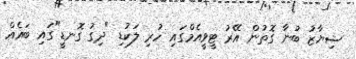
ޝިޔާޒު ބުނާ ގޮތުން އޭރު ޓީވީއެމްގައި ހުރި ލަކުޑި "ދިގު ގޮނޑީ"ގައި ބައެއް